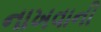
નાખવાની